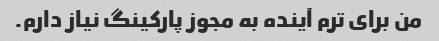
من برای ترم آینده به مجوز پارکینگ نیاز دارم.